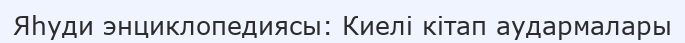
Яһуди энциклопедиясы: Киелі кітап аудармалары